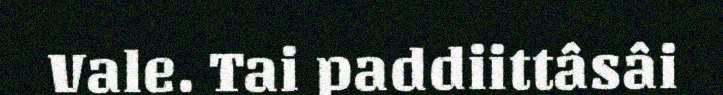
Vale. Tai paddiittâsâi